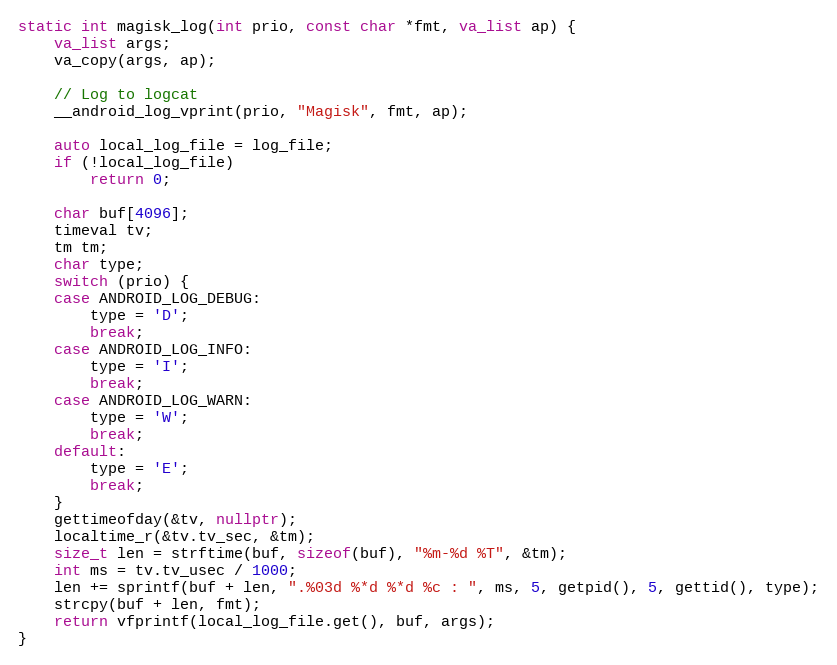
Language: C++
static int magisk_log(int prio, const char *fmt, va_list ap) {
    va_list args;
    va_copy(args, ap);

    // Log to logcat
    __android_log_vprint(prio, "Magisk", fmt, ap);

    auto local_log_file = log_file;
    if (!local_log_file)
        return 0;

    char buf[4096];
    timeval tv;
    tm tm;
    char type;
    switch (prio) {
    case ANDROID_LOG_DEBUG:
        type = 'D';
        break;
    case ANDROID_LOG_INFO:
        type = 'I';
        break;
    case ANDROID_LOG_WARN:
        type = 'W';
        break;
    default:
        type = 'E';
        break;
    }
    gettimeofday(&tv, nullptr);
    localtime_r(&tv.tv_sec, &tm);
    size_t len = strftime(buf, sizeof(buf), "%m-%d %T", &tm);
    int ms = tv.tv_usec / 1000;
    len += sprintf(buf + len, ".%03d %*d %*d %c : ", ms, 5, getpid(), 5, gettid(), type);
    strcpy(buf + len, fmt);
    return vfprintf(local_log_file.get(), buf, args);
}